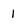
Character: 1